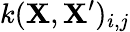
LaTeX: k(\mathbf{X},\mathbf{X^{\prime}})_{i,j}